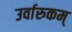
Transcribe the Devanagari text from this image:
उर्वारुकम्